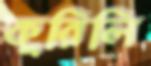
কুরিলি